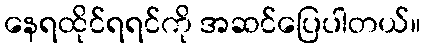
နေရထိုင်ရရင်ကို အဆင်ပြေပါတယ်။